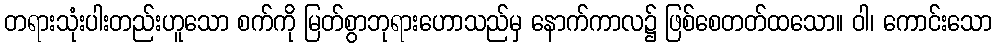
တရားသုံးပါးတည်းဟူသော စက်ကို မြတ်စွာဘုရားဟောသည်မှ နောက်ကာလ၌ ဖြစ်စေတတ်ထသော။ ဝါ၊ ကောင်းသော